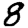
Digit: 8